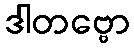
ဒါတဗ္ဗော